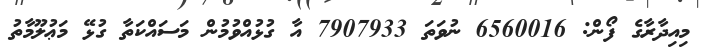
މިއިދާރާގެ ފޯން: 6560016 ނުވަތަ 7907933 އާ ގުޅުއްވުމުން މަސައްކަތާ ގުޅޭ މަޢުލޫމާތު